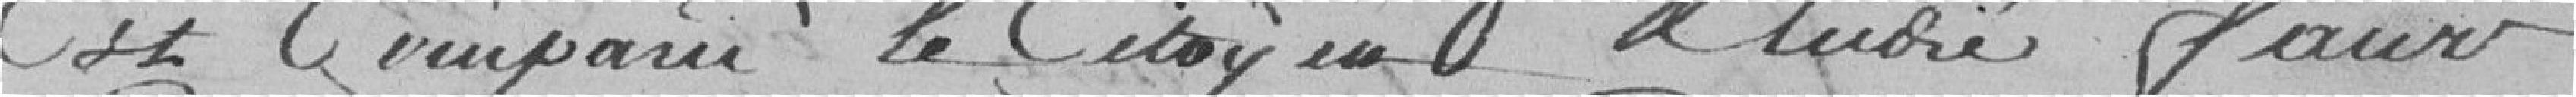
est comparu le citoyen